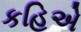
કહિએ